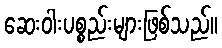
ဆေးဝါးပစ္စည်းများဖြစ်သည်။